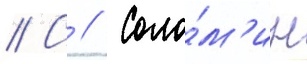
// С // Соло́м'ин